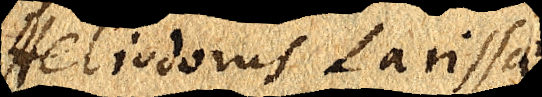
Heliodorus Larissaeus